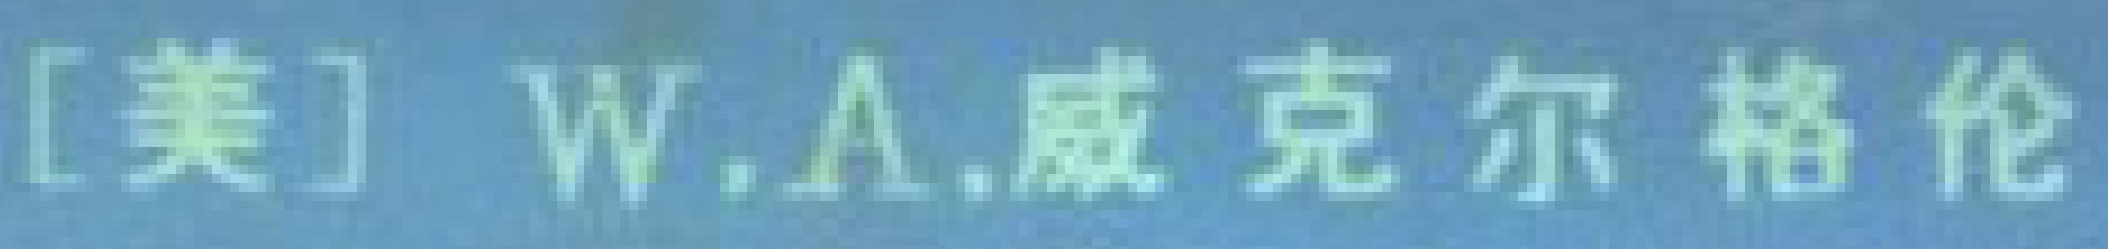
[美] W.A.威克尔格伦